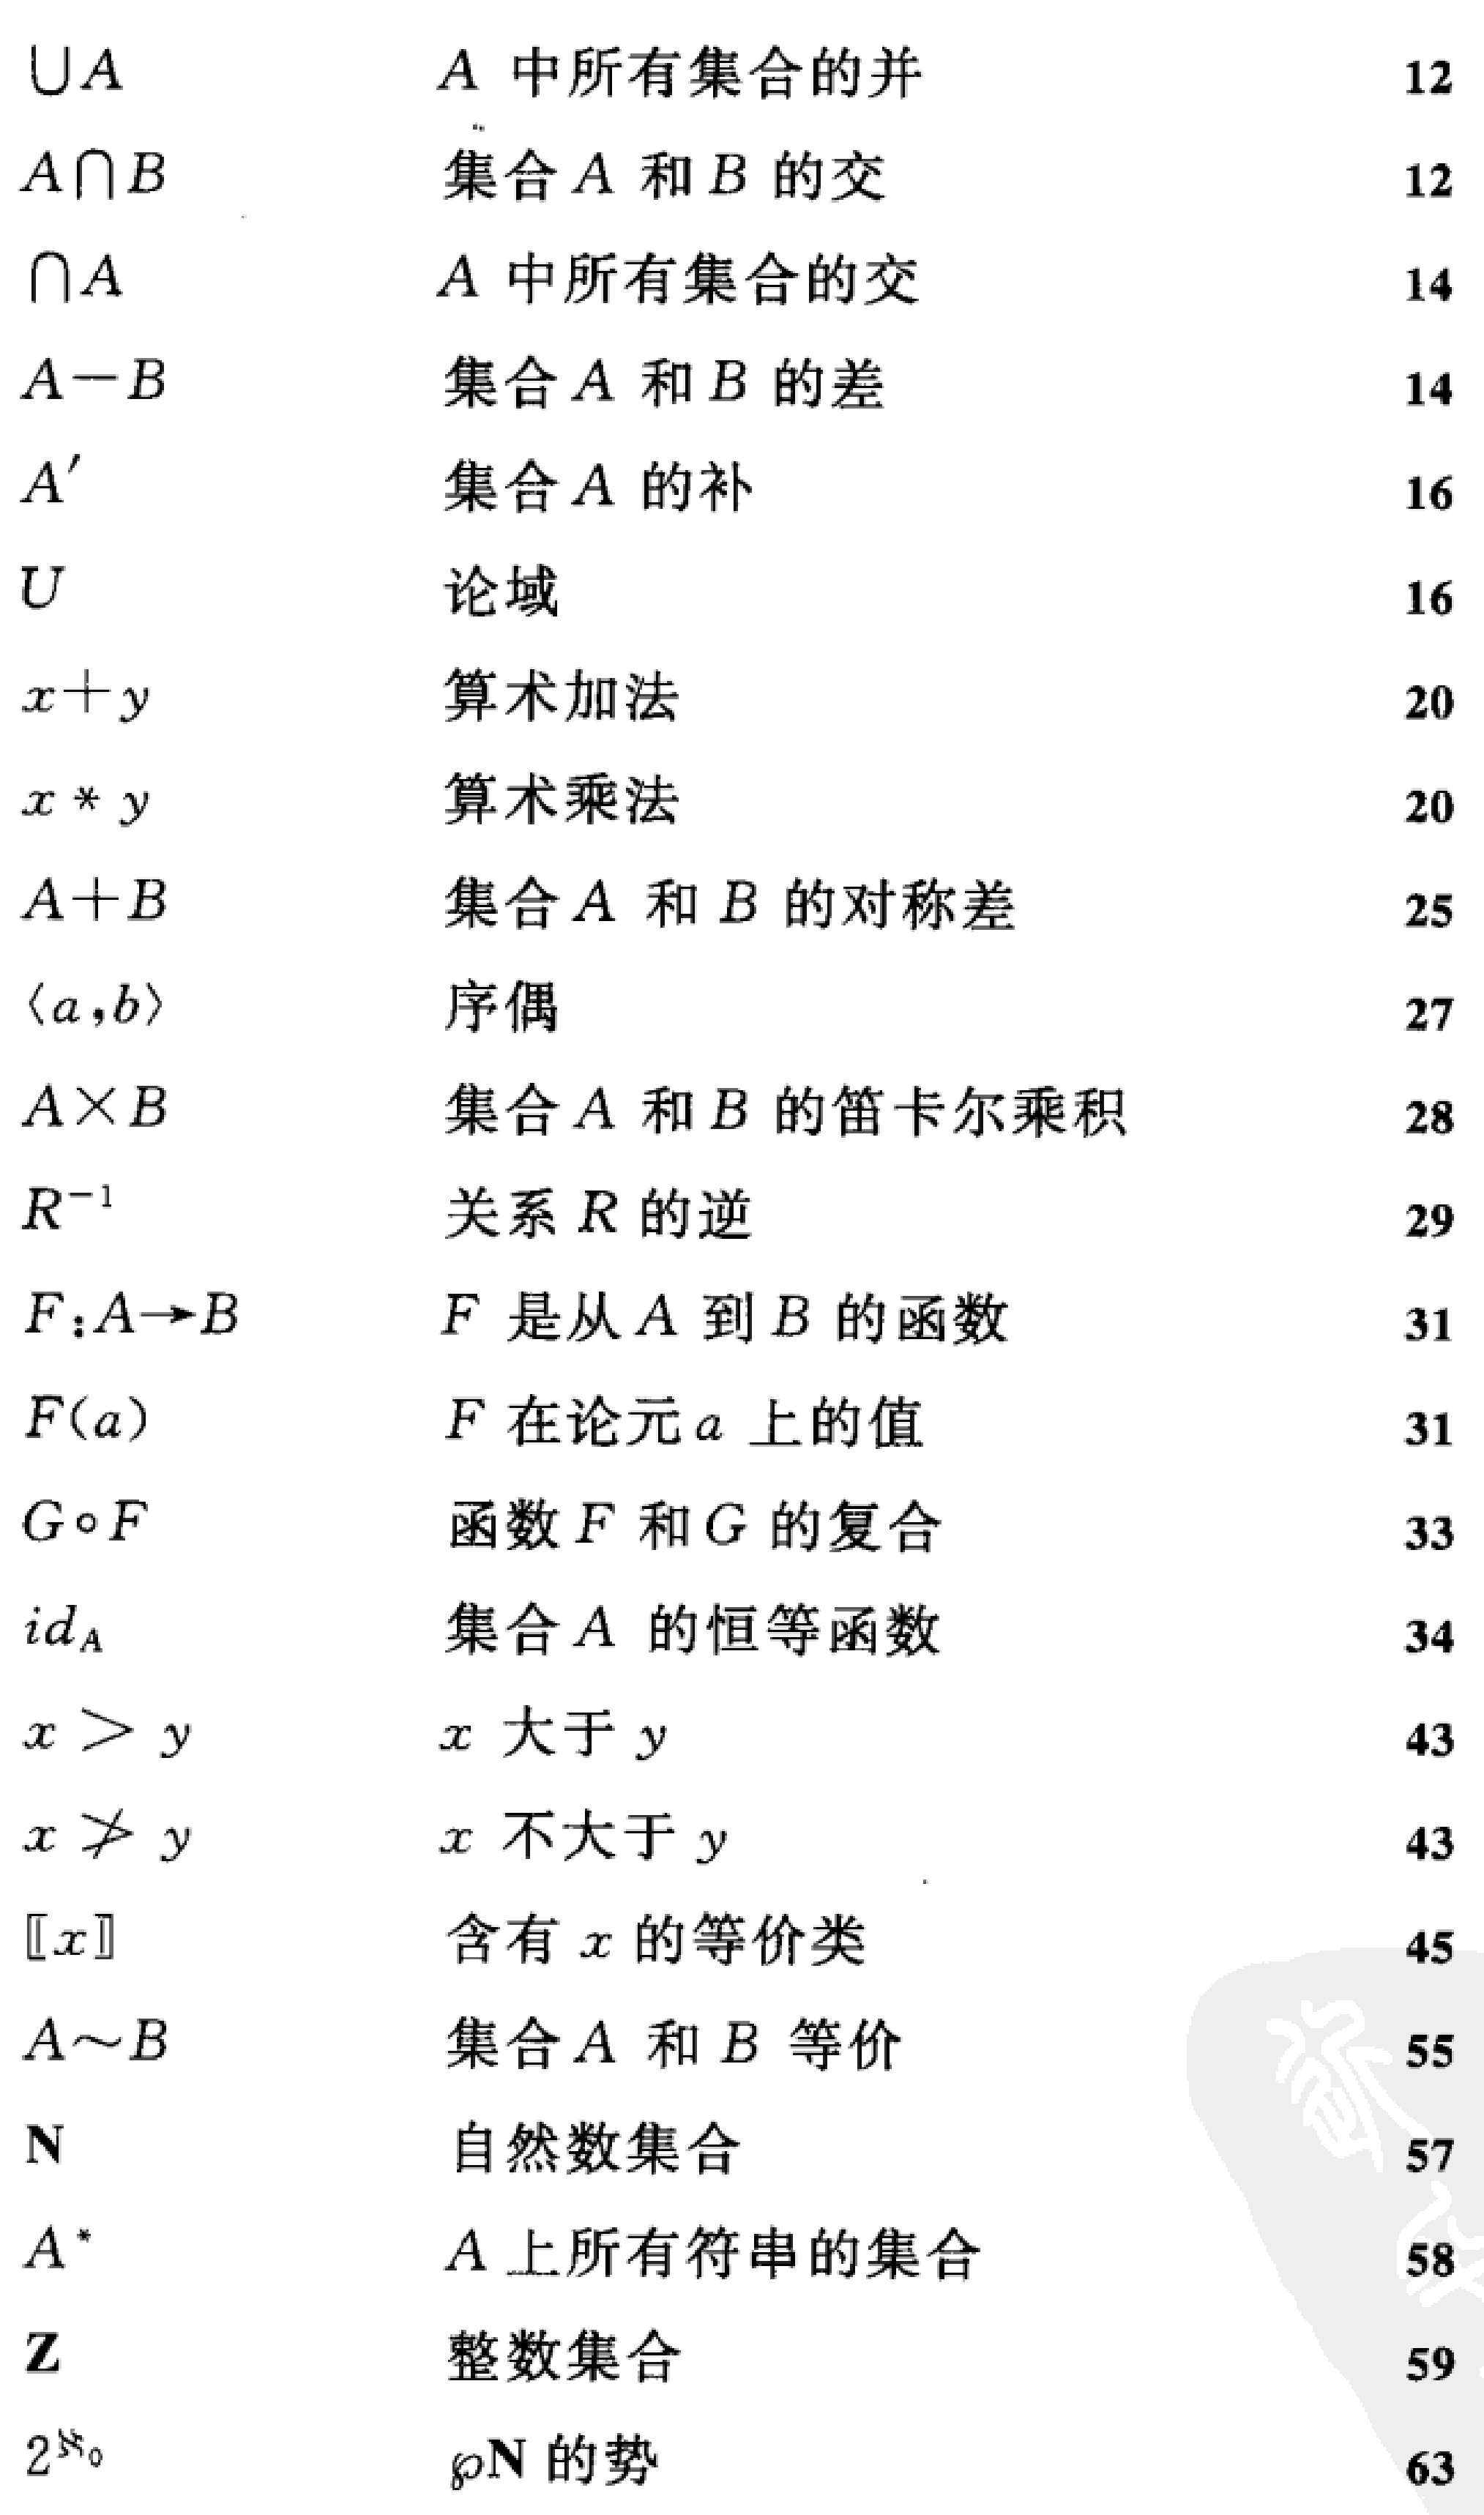
\begin{tabular}{lll}
$\cup A$ & $A$ 中所有集合的并 & 12 \\
$A \cap B$ & 集合 $A$ 和 $B$ 的交 & 12 \\
$\cap A$ & $A$ 中所有集合的交 & 14 \\
$A - B$ & 集合 $A$ 和 $B$ 的差 & 14 \\
$A^{\prime}$ & 集合 $A$ 的补 & 16 \\
$U$ & 论域 & 16 \\
$x + y$ & 算术加法 & 20 \\
$x * y$ & 算术乘法 & 20 \\
$A + B$ & 集合 $A$ 和 $B$ 的对称差 & 25 \\
$\langle a, b\rangle$ & 序偶 & 27 \\
$A \times B$ & 集合 $A$ 和 $B$ 的笛卡尔乘积 & 28 \\
$R^{-1}$ & 关系 $R$ 的逆 & 29 \\
$F: A \to B$ & $F$ 是从 $A$ 到 $B$ 的函数 & 31 \\
$F(a)$ & $F$ 在论元 $a$ 上的值 & 31 \\
$G \circ F$ & 函数 $F$ 和 $G$ 的复合 & 33 \\
$id_A$ & 集合 $A$ 的恒等函数 & 34 \\
$x > y$ & $x$ 大于 $y$ & 43 \\
$x \ngtr y$ & $x$ 不大于 $y$ & 43 \\
$\llbracket x\rrbracket$ & 含有 $x$ 的等价类 & 45 \\
$A \sim B$ & 集合 $A$ 和 $B$ 等价 & 55 \\
$\mathbf{N}$ & 自然数集合 & 57 \\
$A^*$ & $A$ 上所有符串的集合 & 58 \\
$\mathbf{Z}$ & 整数集合 & 59 \\
$2^{\aleph_0}$ & $\wp\mathbf{N}$ 的势 & 63
\end{tabular}